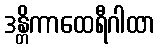
ဒန္တိကာထေရီဂါထာ